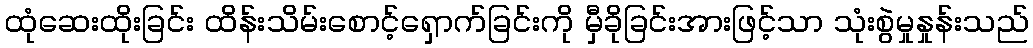
ထုံဆေးထိုးခြင်း ထိန်းသိမ်းစောင့်ရှောက်ခြင်းကို မှီခိုခြင်းအားဖြင့်သာ သုံးစွဲမှုနှုန်းသည်